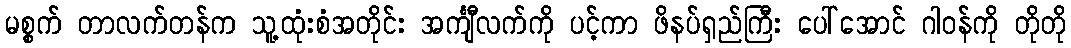
မစ္စက် တာလက်တန်က သူ့ထုံးစံအတိုင်း အင်္ကျီလက်ကို ပင့်ကာ ဖိနပ်ရှည်ကြီး ပေါ်အောင် ဂါဝန်ကို တိုတို